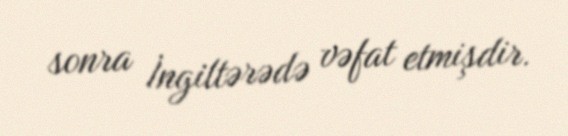
sonra İngiltərədə vəfat etmişdir.